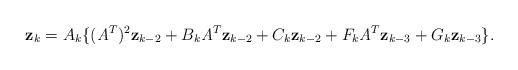
LaTeX: \begin{align*} \textbf{z}_k=A_k\{(\textit{A}^T)^2\textbf{z}_{k-2}+B_k \textit{A}^T\textbf{z}_{k-2}+C_k \textbf{z}_{k-2}+F_k \textit{A}^T\textbf{z}_{k-3}+G_k \textbf{z}_{k-3}\}. \end{align*}